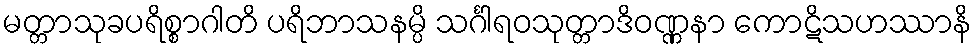
မတ္တာသုခပရိစ္စာဂါတိ ပရိဘာသနမ္ပိ သင်္ဂါရဝသုတ္တာဒိဝဏ္ဏနာ ကောဋိသဟဿာနိ